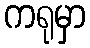
ကရုမှာ